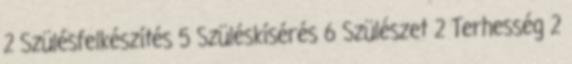
2 Szülésfelkészítés 5 Szüléskísérés 6 Szülészet 2 Terhesség 2